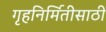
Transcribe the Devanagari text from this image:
गृहनिर्मितीसाठी